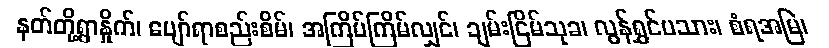
နတ်တို့ရွာနှိုက်၊ ပျော်ရာစည်းစိမ်၊ အကြိမ်ကြိမ်လျှင်၊ ချမ်းငြိမ်သုခ၊ လွန်ရွှင်ပသား၊ စံရအမြဲ၊